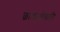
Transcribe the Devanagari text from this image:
छात्राओंवाली